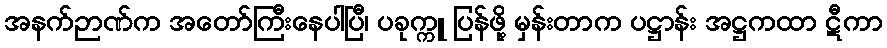
အနက်ဉာဏ်က အတော်ကြီးနေပါပြီ၊ ပခုက္ကူ ပြန်ဖို့ မှန်းတာက ပဋ္ဌာန်း အဋ္ဌကထာ ဋီကာ